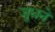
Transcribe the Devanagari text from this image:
जुधने